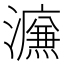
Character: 𰝩